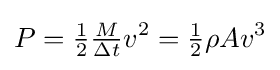
P={\tfrac {1}{2}}{\tfrac {M}{\Delta t}}v^{2}={\tfrac {1}{2}}\rho Av^{3}